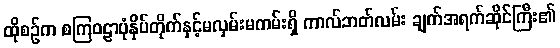
ထိုစဉ်က စကြဝဠာပုံနှိပ်တိုက်နှင့်မလှမ်းမကမ်းရှိ ကာလ်ဘတ်လမ်း ချက်အရက်ဆိုင်ကြီး၏